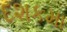
દશકમા